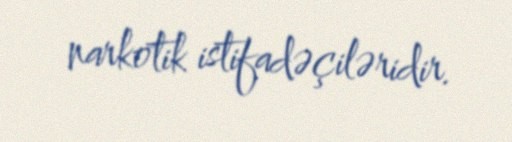
narkotik istifadəçiləridir.